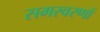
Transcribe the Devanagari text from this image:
समस्वरणों